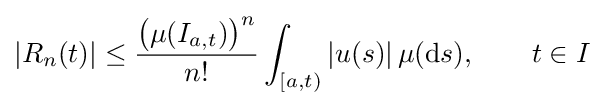
|R_{n}(t)|\leq {\frac {{\bigl (}\mu (I_{a,t}){\bigr )}^{n}}{n!}}\int _{[a,t)}|u(s)|\,\mu (\mathrm {d} s),\qquad t\in I